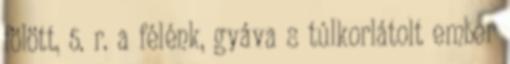
fölött, 5. r. a félénk, gyáva s túlkorlátolt ember